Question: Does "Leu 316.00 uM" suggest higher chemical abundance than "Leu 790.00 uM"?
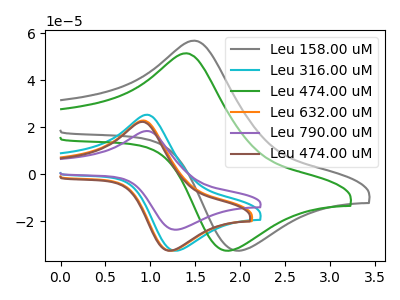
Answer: <think>The gray curve "Leu 158.00 uM" has an anodic peak at (1.50V, 56.75uA) and a cathodic peak at (2.00V, -32.65uA). The cyan curve "Leu 316.00 uM" has an anodic peak at (0.95V, 25.25uA) and a cathodic peak at (1.30V, -32.65uA). The green curve "Leu 474.00 uM" has an anodic peak at (1.40V, 51.40uA) and a cathodic peak at (1.85V, -32.65uA). The orange curve "Leu 632.00 uM" has an anodic peak at (0.90V, 22.80uA) and a cathodic peak at (1.25V, -32.65uA). The purple curve "Leu 790.00 uM" has an anodic peak at (0.95V, 18.35uA) and a cathodic peak at (1.30V, -23.70uA). The brown curve "Leu 474.00 uM" has an anodic peak at (0.90V, 22.20uA) and a cathodic peak at (1.20V, -32.65uA).
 All the peaks in "Leu 316.00 uM" have a peak in "Leu 790.00 uM" at the same potential. Every peak in "Leu 316.00 uM" is higher than every peak in "Leu 790.00 uM".</think>
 <answer>"Leu 316.00 uM" has more signal than "Leu 790.00 uM".</answer>
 <eval>more_signal</eval>